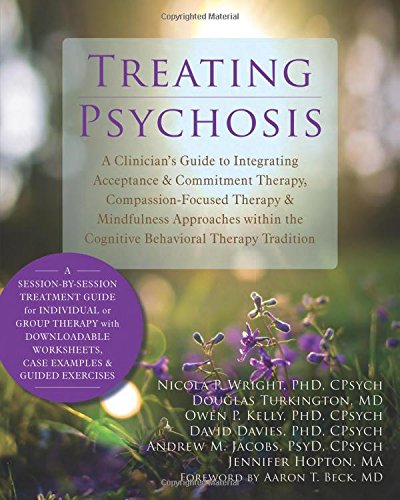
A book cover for Treating Psychosis: A Clinician's Guide to Integrating Acceptance and Commitment Therapy, Compassion-Focused Therapy, and Mindfulness Approaches within the Cognitive Behavioral Therapy Tradition; Nicola P. Wright PhD  CPsych; Science & Math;